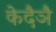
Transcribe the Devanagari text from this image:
केदैञै